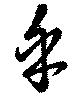
乎